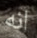
انه